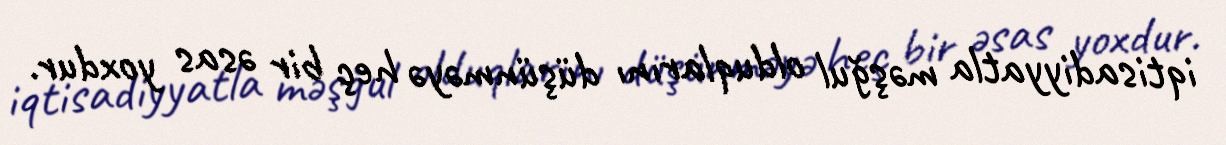
iqtisadiyyatla məşğul olduqlarını düşünməyə heç bir əsas yoxdur.